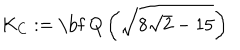
LaTeX: K _ { C } : = \mathrm { \bf ~ Q } \left( \sqrt { 8 \sqrt { 2 } - 1 5 } \right)